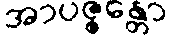
အာပဇ္ဇန္တော